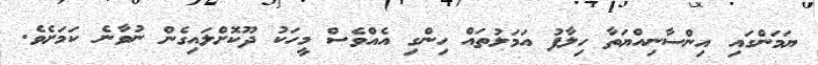
ޔަމަންގައި އިންސާނިއްޔަތާ ހިލާފު އަމަލުތައް ހިންގި އެއްވެސް މީހަކު ދޫކޮށްލައިގެން ނުވާނެ ކަމަށެވެ.